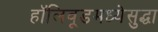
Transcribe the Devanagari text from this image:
हॉलिवूडमध्येसुद्धा